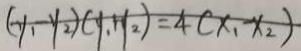
( y _ { 1 } - y _ { 2 } ) ( y _ { 1 } + y _ { 2 } ) = 4 ( x _ { 1 } - x _ { 2 } )